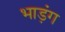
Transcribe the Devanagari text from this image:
भाड़ंग